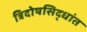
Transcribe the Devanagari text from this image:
त्रिदोषसिद्धांत